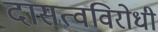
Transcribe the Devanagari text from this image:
दासत्वविरोधी